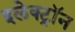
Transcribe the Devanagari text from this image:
इलेक्ट्राॅन